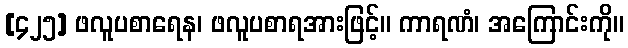
[၄၂၅] ဖလူပစာရေန၊ ဖလူပစာရအားဖြင့်။ ကာရဏံ၊ အကြောင်းကို။